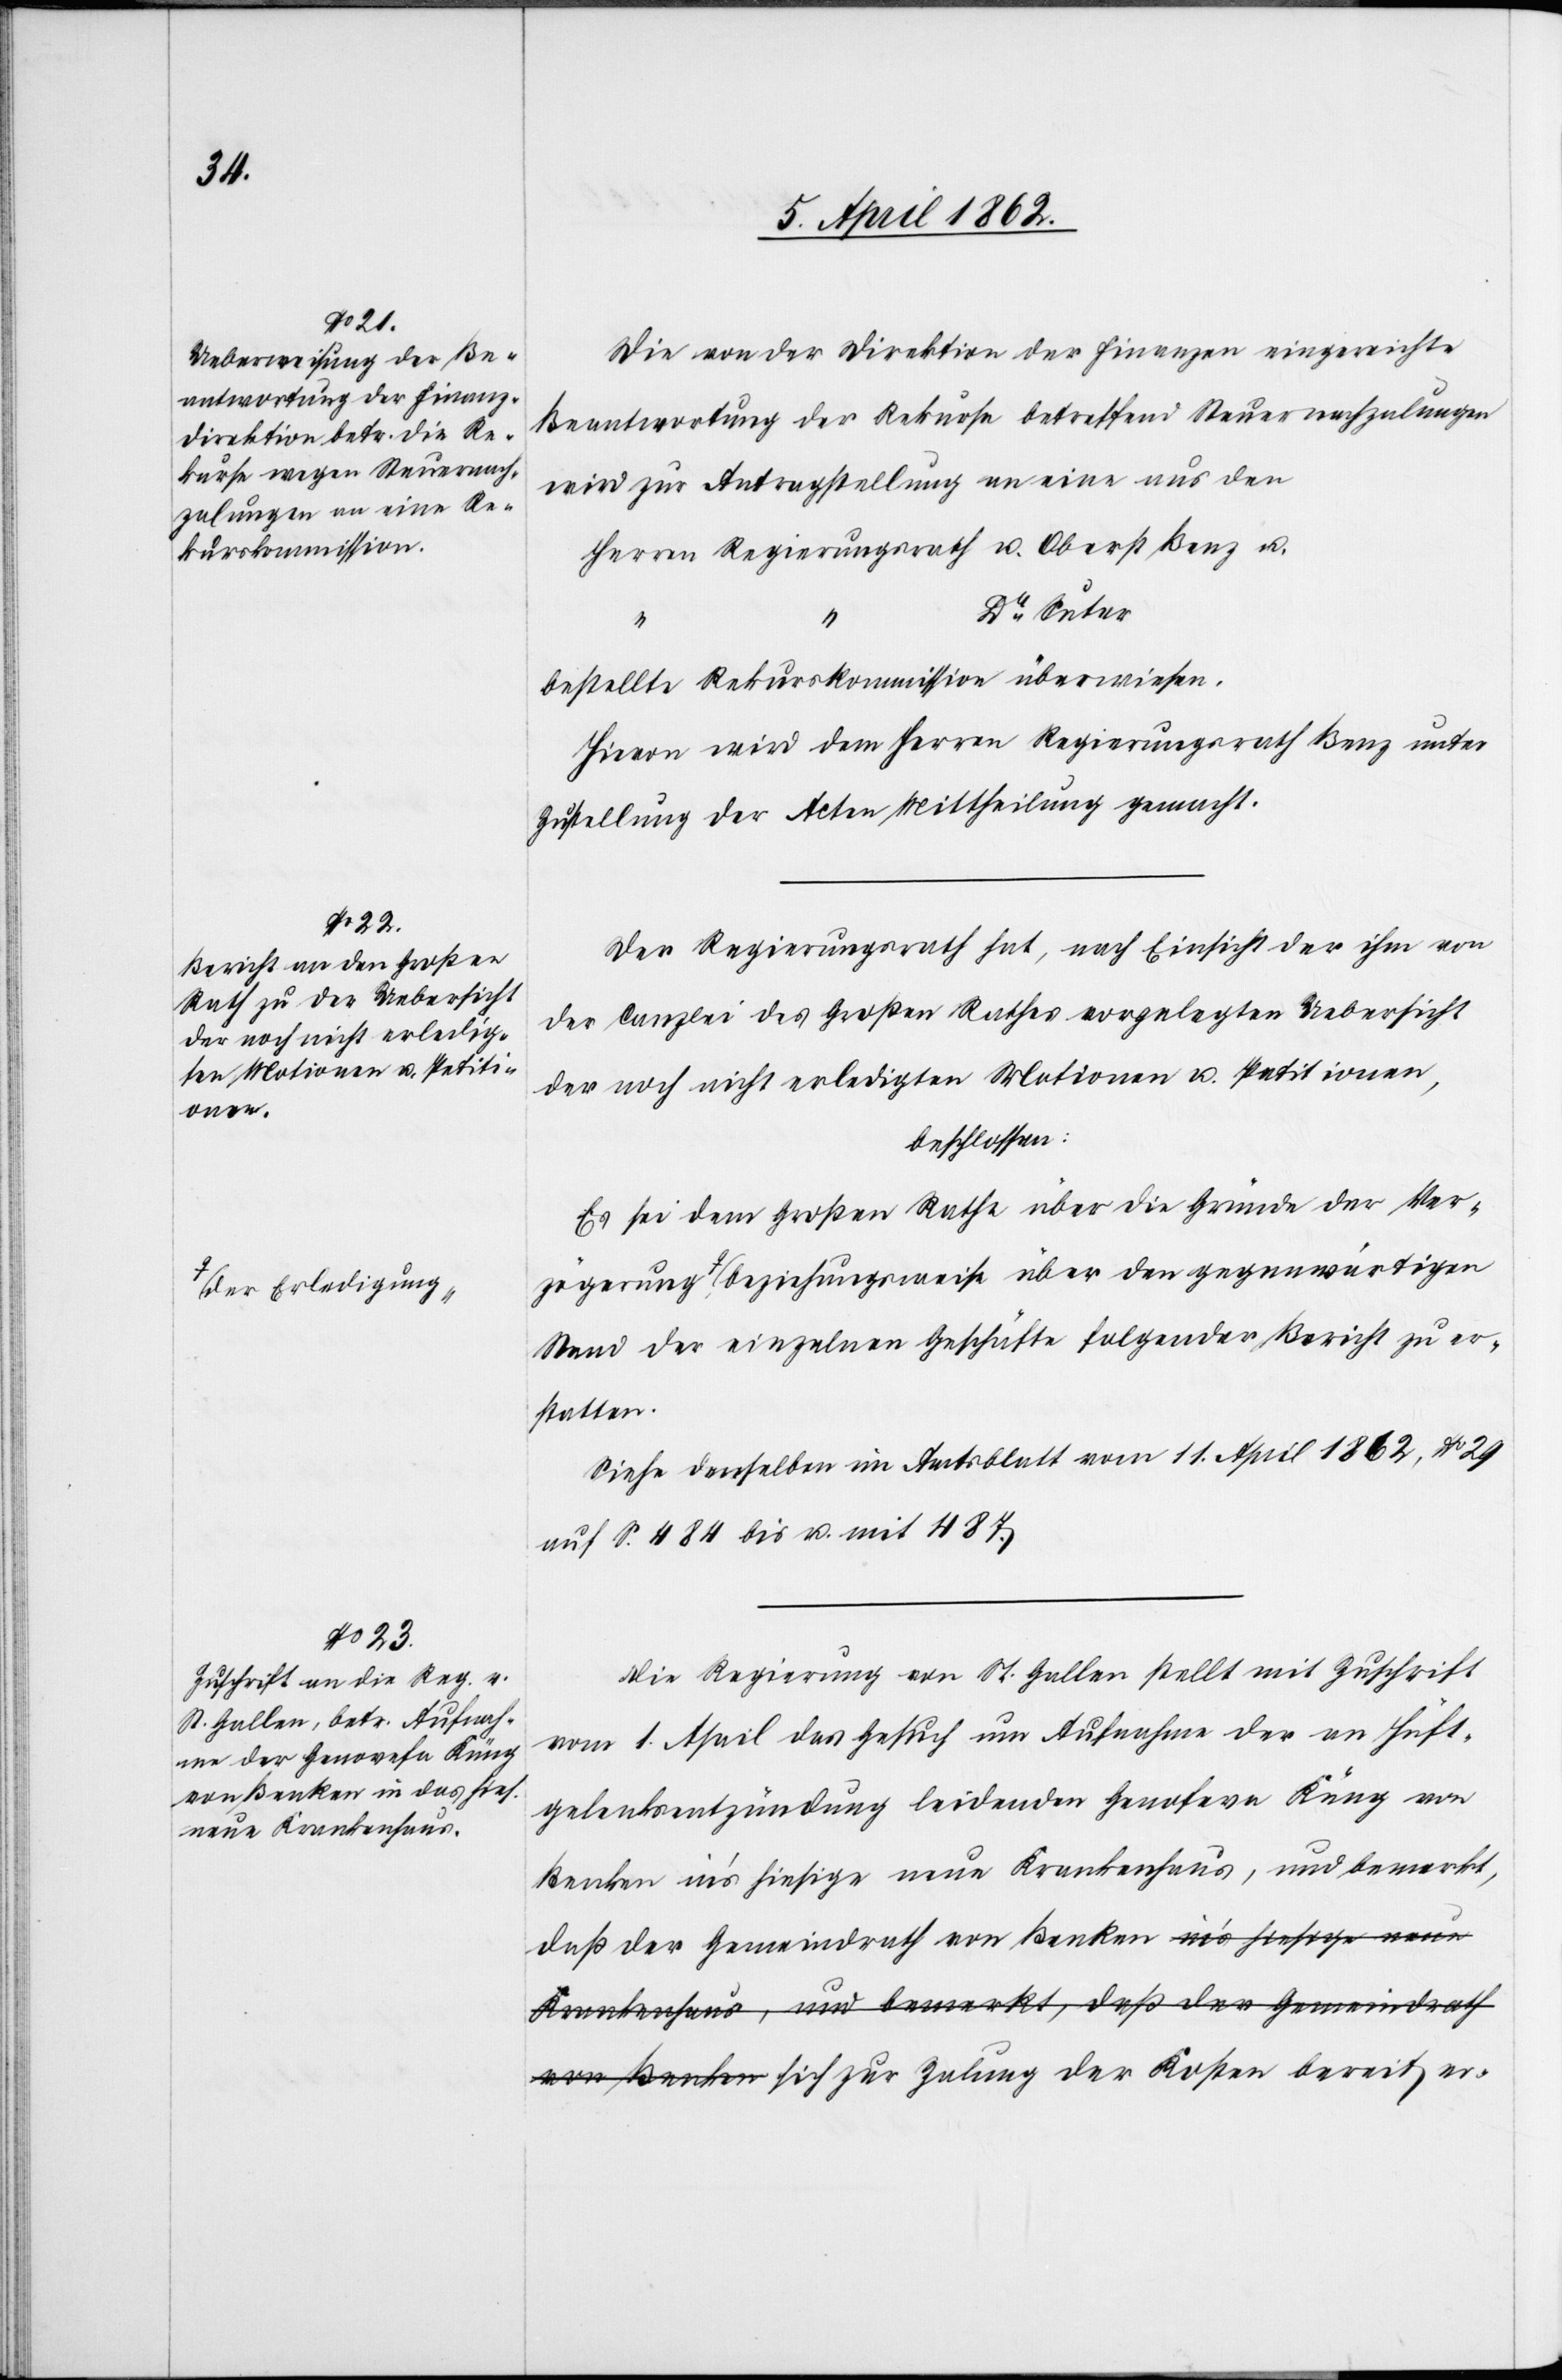
Benz u.
ögerung,

Die von der Direktion der Finanzen eingereichte
Beantwortung der Rekurse betreffend Steuernachzalungen
wird zur Antragstellung an eine aus den
Dr. Suter
bestellte Rekurskommission überwiesen.
Hievon wird dem Herrn Regierungsrath Benz unter
Zustellung der Acten Mittheilung gemacht.
Der Regierungsrath hat, nach Einsicht der ihm von
der Canzlei des Großen Rathes vorgelegten Uebersicht
der noch nicht erledigten Motionen u. Petitionen,
beschlossen:
Es sei dem Großen Rathe über die Gründe der Verz¬
Erledigung,-a beziehungsweise über den gegenwärtigen
Stand der einzelnen Geschäfte folgender Bericht zu er¬
statten.
Siehe denselben im Amtsblatt vom 11. April 1862 Nr. 28
auf S. 484 bis u. mit 484.
Die Regierung von St. Gallen stellt mit Zuschrift
vom 1. April das Gesuch um Aufnahme der an Hüft¬
gelenkentzündung leidenden Genoseva [sic!] Küng von
Benken in’s hiesige neue Krankenhaus, und bemerkt,
daß der Gemeindrath von Benken in’s hiesige neue
Krankenhaus, und bemerkt, daß der Gemeindrath
von Benken sich zur Zalung der Kosten bereit er-